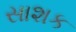
સાશક